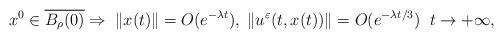
LaTeX: \begin{align*}x^0\in \overline{B_\rho(0)} \Rightarrow\; \|x(t)\|=O(e^{-\lambda t}),\; \|u^\varepsilon(t,x(t))\|=O(e^{-\lambda t/3}) \;\; t\to +\infty,\end{align*}